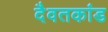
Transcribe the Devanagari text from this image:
दैवतकांड